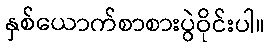
နှစ်ယောက်စာစားပွဲဝိုင်းပါ။